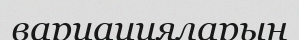
вариацияларын